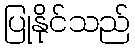
ပြုနိုင်သည်